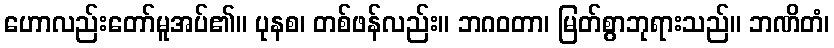
ဟောလည်းတော်မူအပ်၏။ ပုနစ၊ တစ်ဖန်လည်း။ ဘဂဝတာ၊ မြတ်စွာဘုရားသည်။ ဘဏိတံ၊